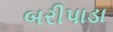
બરીપાડા